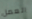
العمل